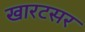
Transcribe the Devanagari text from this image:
खारटसर